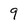
Character: 9